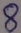
Text: 8